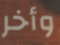
وأخر